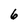
Character: 6